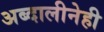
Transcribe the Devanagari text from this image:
अब्दालीनेही